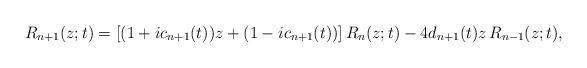
LaTeX: \begin{align*} R_{n+1}(z; t) = [(1+ic_{n+1}(t))z + (1-ic_{n+1}(t))]\,R_{n}(z; t) - 4d_{n+1}(t) z\,R_{n-1}(z; t), \end{align*}